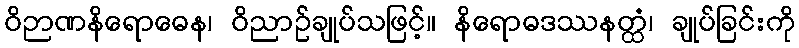
ဝိဉာဏနိရောဓေန၊ ဝိညာဉ်ချုပ်သဖြင့်။ နိရောဓဒဿနတ္ထံ၊ ချုပ်ခြင်းကို